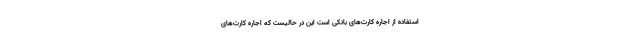
استفاده از اجاره کارت‌های بانکی است این در حالیست که اجاره کارت‌های